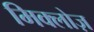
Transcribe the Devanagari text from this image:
मिक्लोज़